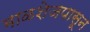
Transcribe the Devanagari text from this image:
माळशेजपासून